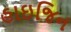
હાઇજિન